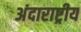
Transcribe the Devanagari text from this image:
अंदाराष्ट्रीय